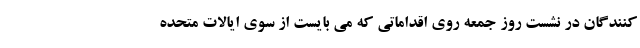
کنندگان در نشست روز جمعه روی اقداماتی که می بایست از سوی ایالات متحده